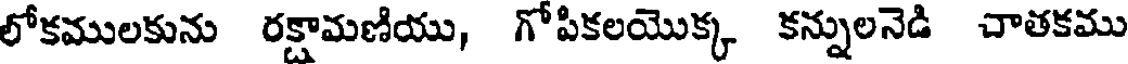
లోకములకును రక్షామణియు, గోపికలయొక్క కన్నులనెడి చాతకము